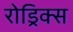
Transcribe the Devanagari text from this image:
रोड्रिक्स